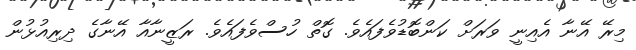
މިރޭ އޭނާ އެއިނީ ވަރަށް ކަންބޮޑުވެފައެވެ. ގޮތް ހުސްވެފައެވެ. ރަޒީނާއާ އޭނާގެ ދިރިއުޅުން